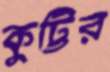
কুট্টির